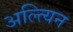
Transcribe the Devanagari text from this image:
अल्त्यिन